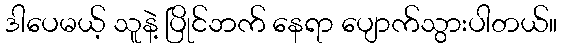
ဒါပေမယ့် သူနဲ့ ပြိုင်ဘက် နေရာ ပျောက်သွားပါတယ်။